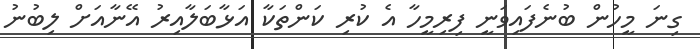
ގިނަ މީހުން ބުނެފައިވަނީ ފިރިމީހާ އެ ކުރި ކަންތަކާ އަޅާބަލާއިރު އޭނާއަށް ލިބުނު